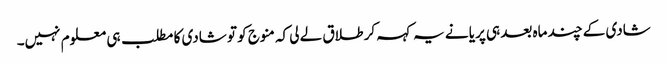
شادی کے چند ماہ بعد ہی پریا نے یہ کہہ کر طلاق لے لی کہ منوج کو تو شادی کا مطلب ہی معلوم نہیں۔